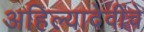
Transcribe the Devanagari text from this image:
अहिल्यादेवींचे